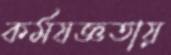
কর্মযজ্ঞতায়